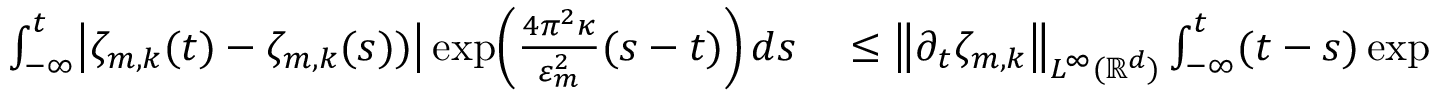
\begin{array} { r l } { \int _ { - \infty } ^ { t } \mathopen { } \mathclose \bgroup \left| \zeta _ { m , k } ( t ) - \zeta _ { m , k } ( s ) ) \aftergroup \egroup \right| \exp \mathopen { } \mathclose \bgroup \left( \frac { 4 \pi ^ { 2 } \kappa } { \varepsilon _ { m } ^ { 2 } } ( s - t ) \aftergroup \egroup \right) \, d s } & { { } \leq \mathopen { } \mathclose \bgroup \left\| \partial _ { t } \zeta _ { m , k } \aftergroup \egroup \right\| _ { L ^ { \infty } ( \ensuremath { \mathbb { R } ^ { d } } ) } \int _ { - \infty } ^ { t } ( t - s ) \exp \mathopen { } \mathclose \bgroup \left( \frac { 4 \pi ^ { 2 } \kappa } { \varepsilon _ { m } ^ { 2 } } ( s - t ) \aftergroup \egroup \right) \, d s } \end{array}